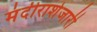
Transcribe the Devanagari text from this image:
मंदीराशेजारी